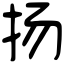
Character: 扬